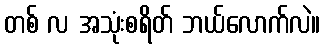
တစ် လ အသုံးစရိတ် ဘယ်လောက်လဲ။